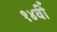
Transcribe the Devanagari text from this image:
१४वीँ